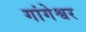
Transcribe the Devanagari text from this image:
गांगेश्वर